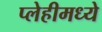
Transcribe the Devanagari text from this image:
प्लेहीमध्ये